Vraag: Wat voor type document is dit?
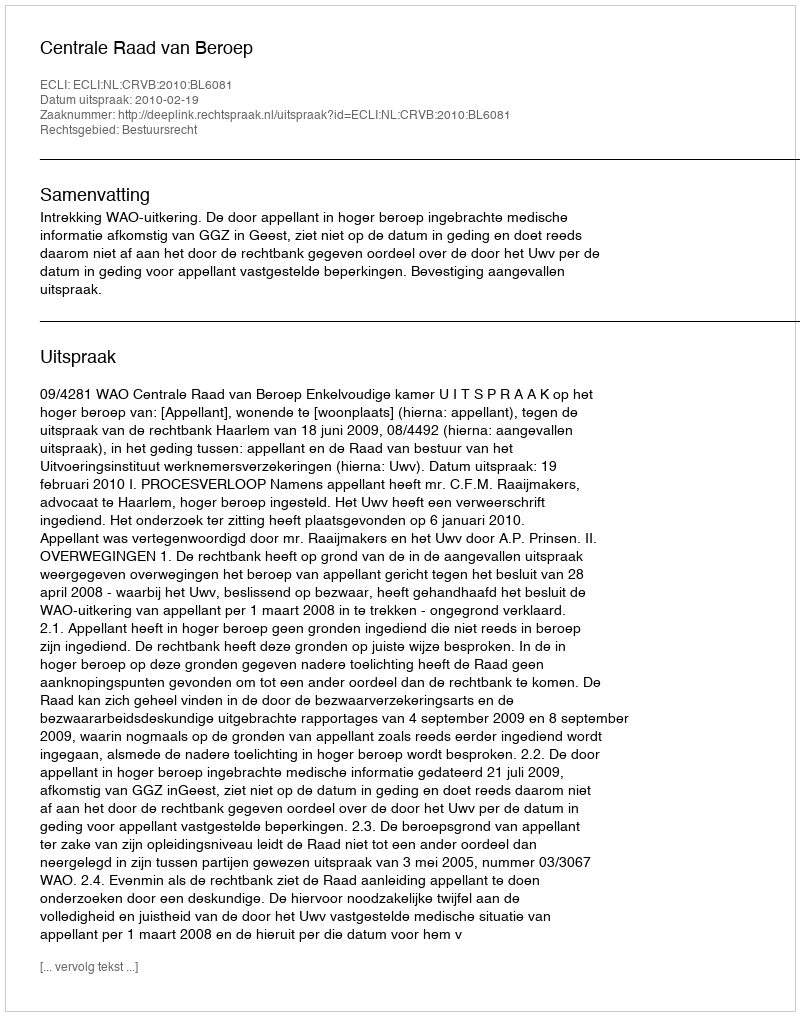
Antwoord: Uitspraak